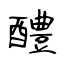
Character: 醴